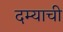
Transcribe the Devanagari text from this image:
दम्याची